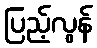
ပြည့်လွန်